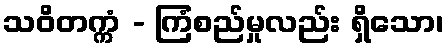
သဝိတက္ကံ - ကြံစည်မှုလည်း ရှိသော၊